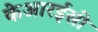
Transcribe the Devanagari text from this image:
केआरईसी